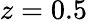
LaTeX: z=0.5